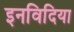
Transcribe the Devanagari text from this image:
इनविदिया